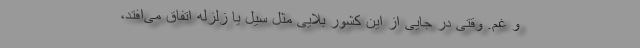
و غم. وقتی در جایی از این کشور بلایی مثل سیل یا زلزله اتفاق می‌افتد،